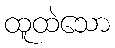
ထူထဲသော